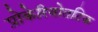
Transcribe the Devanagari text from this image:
प्रोकेरियोतटिक